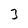
Character: 3